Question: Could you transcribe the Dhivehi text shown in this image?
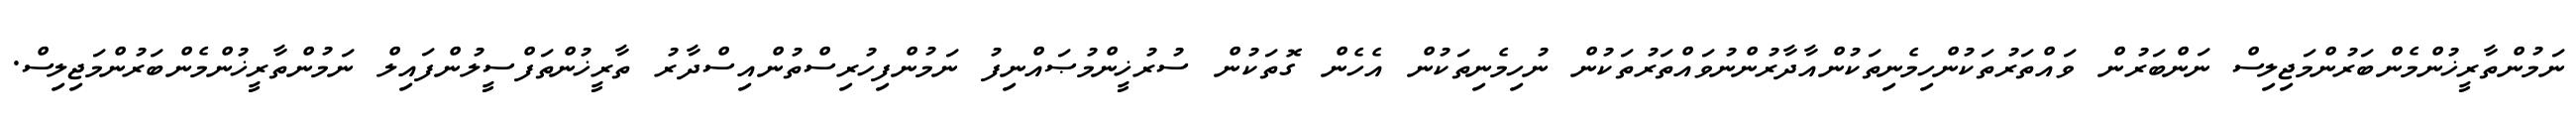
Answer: ނަމުންތާރީޚުންމެންބަރުންމަޖިލިސް ނަންބަރުން ވައްތަރުތަކުންހިމެނިތަކުންއާދާރުންނުވައްތަރުތަކުން ނުހިމެނިތަކުން އެހެން ގޮތަކުން ސުރުޚީންމުޞައްނިފު ނަމުންފިހުރިސްތުންއިސްދާރު ތާރީޚުންތަފްސީލުންފައިލް ނަމުންތާރީޚުންމެންބަރުންމަޖިލިސް.